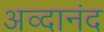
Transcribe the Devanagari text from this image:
अव्दानंद